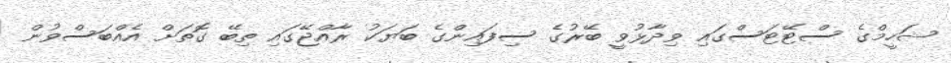
ޝަހީމްގެ ސްޓޭޓަސްގައި ވިދާޅުވީ ބޭރުގެ ސިފައިންގެ ބަޔަކު ރާއްޖޭގައި ތިބޭ ގޮތަށް އެއްބަސްވުން